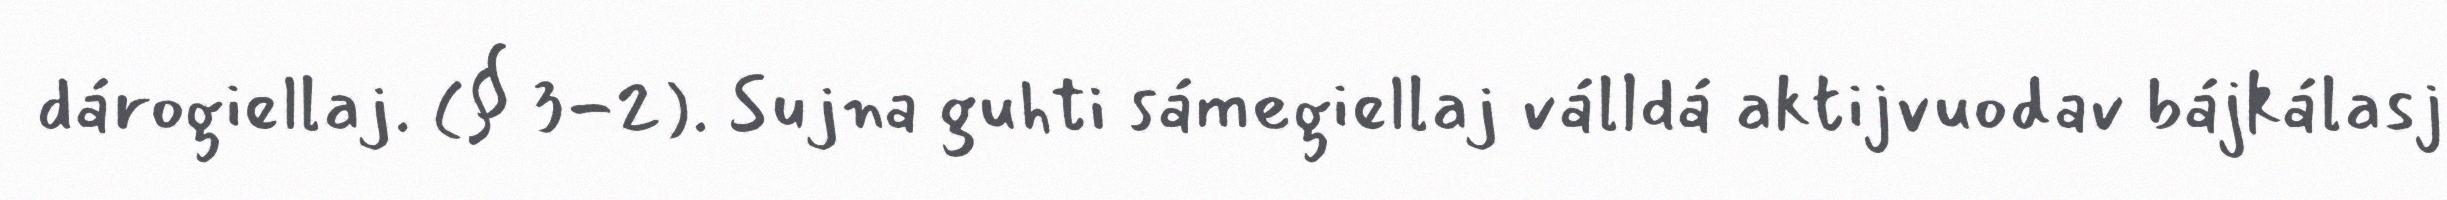
dárogiellaj. (§ 3-2). Sujna guhti sámegiellaj válldá aktijvuodav bájkálasj